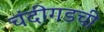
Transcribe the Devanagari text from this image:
चंदीगडची